Annual report of the Camel Specialist
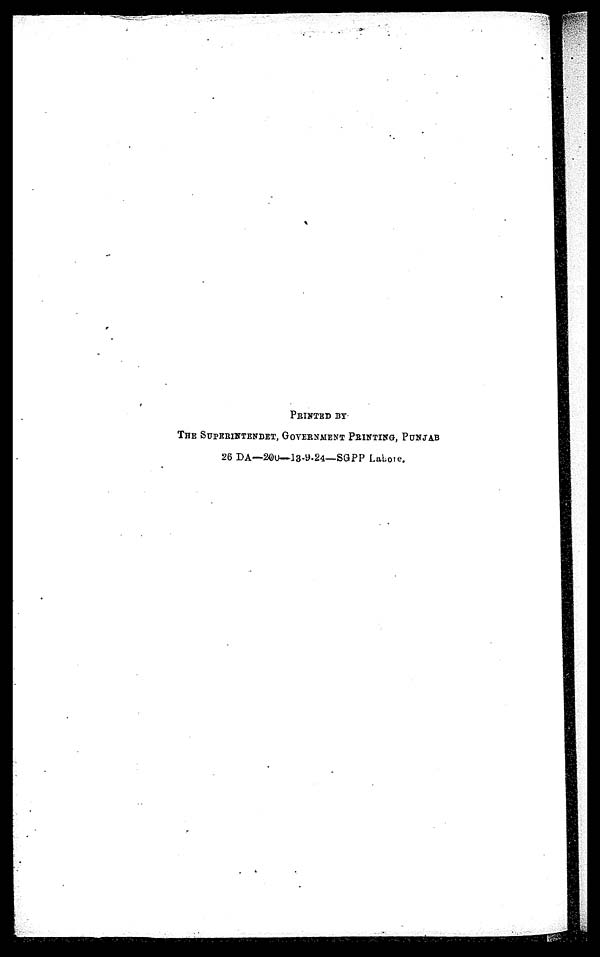
PRINTED BY
THE SUPERINTENDET, GOVERNMENT PRINTING, PUNJAB
26 DA—200—13-9-24—SGPP Lahore.